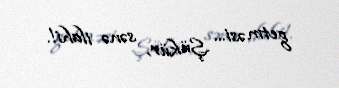
getməsi... Şükür, sənə ilahi!.